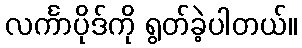
လင်္ကာပိုဒ်ကို ရွတ်ခဲ့ပါတယ်။